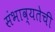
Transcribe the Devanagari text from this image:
संभाव्यतेची